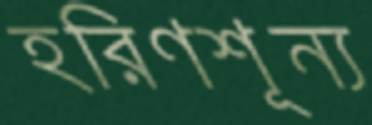
হরিণশূন্য